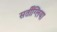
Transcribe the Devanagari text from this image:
सर्तीग्लिया